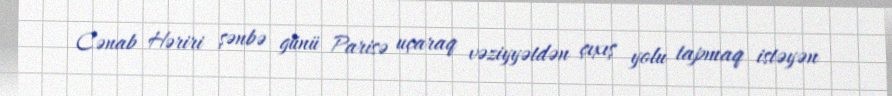
Cənab Həriri şənbə günü Parisə uçaraq vəziyyətdən çıxış yolu tapmaq istəyən